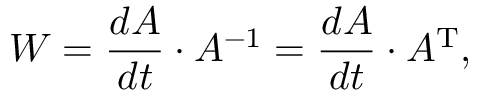
W = { \frac { d A } { d t } } \cdot A ^ { - 1 } = { \frac { d A } { d t } } \cdot A ^ { \mathrm { T } } ,